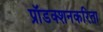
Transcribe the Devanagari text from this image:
प्रॉडक्शनकरिता